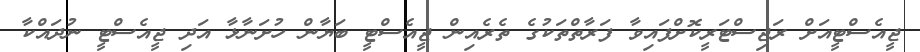
ޖީއެސްޓީއަށް ރަޖިސްޓަރީކޮށްފައިވާ ފަރާތްތަކުގެ ތެރެއިން ޖީއެސްޓީ ބަޔާން ހުށަނާޅާ އަދި ޖީއެސްޓީ ނުދައްކާ